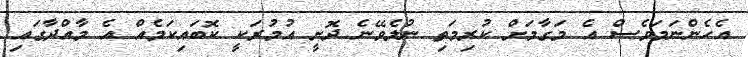
އެހެންނަމަވެސް އެ މަގާމަށް ކުރިމަތި ނުލެވޭނެ ދޮށީ އުމުރަކީ ކޮބައިކަމެއް އެ މާއްދާގައި